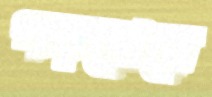
পড়বোনে